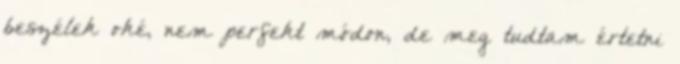
beszélek oké, nem perfekt módon, de meg tudtam értetni